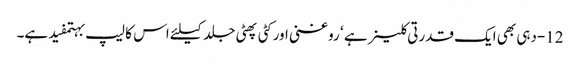
12-دہی بھی ایک قدرتی کلینر ہے ‘ روغنی اور کٹی پھٹی جلد کیلئے اس کا لیپ بہتمفید ہے۔